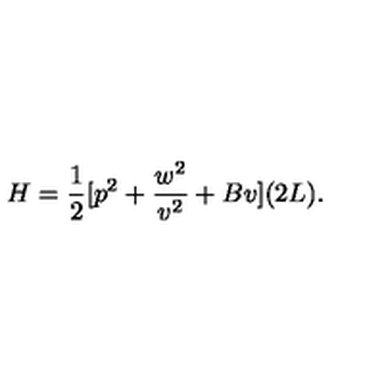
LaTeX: H = { \frac { 1 } { 2 } } [ { p } ^ { 2 } + { \frac { w ^ { 2 } } { v ^ { 2 } } } + B v ] ( 2 L ) .